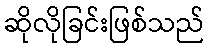
ဆိုလိုခြင်းဖြစ်သည်